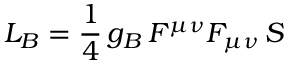
{ \cal L } _ { B } = \frac { 1 } { 4 } \, g _ { B } \, F ^ { \mu \nu } F _ { \mu \nu } \, S